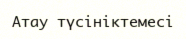
Атау түсініктемесі